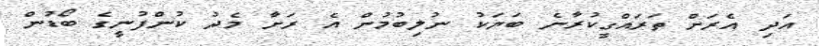
އަދި އެރަށް ތަރައްގީކުރާނެ ބަޔަކު ނުލިބުމުން އެ ރަށާ މެދު ކުންފުނީގެ ބޯޑުން